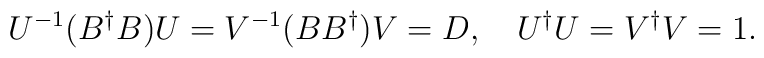
U^{-1}(B^\dagger B)U=V^{-1}(B B^\dagger)V=D, \quad U^\dagger U=V^\dagger V=1 .